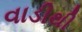
વાડીથી